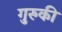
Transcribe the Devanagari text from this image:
गुरुकी